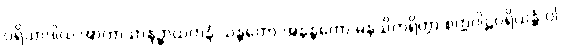
ပရိယာဒါယ အာကာသာနဉ္စာယတနံ သန္တတော အနန္တတော မနသိကရိတွာ စက္ကဝါဠပရိယန္တံ ဝါ